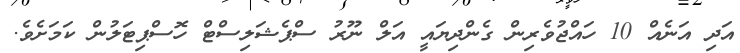
އަދި އަނެއް 10 ހައްޖުވެރިން ގެންދިޔައީ އަލް ނޫރު ސްޕެޝަލިސްޓް ހޮސްޕިޓަލުން ކަމަށެވެ.